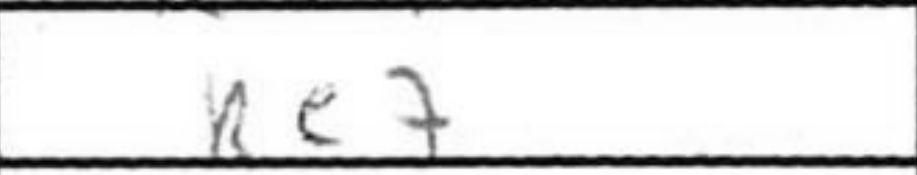
Transcription: Re7